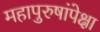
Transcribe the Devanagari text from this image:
महापुरुषांपेक्षा